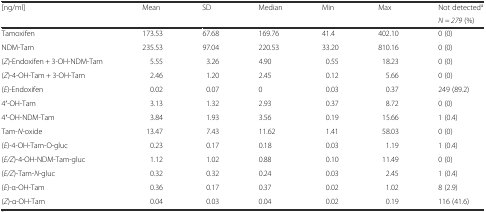
<table><thead><tr><td rowspan="2"><b>[ng/ml]</b></td><td rowspan="2"><b>Mean</b></td><td rowspan="2"><b>SD</b></td><td rowspan="2"><b>Median</b></td><td rowspan="2"><b>Min</b></td><td rowspan="2"><b>Max</b></td><td><b>Not detected<sup>a</sup></b></td></tr><tr><td><b><i>N = 279</i> (%)</b></td></tr></thead><tbody><tr><td>Tamoxifen</td><td>173.53</td><td>67.68</td><td>169.76</td><td>41.4</td><td>402.10</td><td>0 (0)</td></tr><tr><td>NDM-Tam</td><td>235.53</td><td>97.04</td><td>220.53</td><td>33.20</td><td>810.16</td><td>0 (0)</td></tr><tr><td>(<i>Z</i>)-Endoxifen + 3-OH-NDM-Tam</td><td>5.55</td><td>3.26</td><td>4.90</td><td>0.55</td><td>18.23</td><td>0 (0)</td></tr><tr><td>(<i>Z</i>)-4-OH-Tam + 3-OH-Tam</td><td>2.46</td><td>1.20</td><td>2.45</td><td>0.12</td><td>5.66</td><td>0 (0)</td></tr><tr><td>(<i>E</i>)-Endoxifen</td><td>0.02</td><td>0.07</td><td>0</td><td>0.03</td><td>0.37</td><td>249 (89.2)</td></tr><tr><td>4′-OH-Tam</td><td>3.13</td><td>1.32</td><td>2.93</td><td>0.37</td><td>8.72</td><td>0 (0)</td></tr><tr><td>4′-OH-NDM-Tam</td><td>3.84</td><td>1.93</td><td>3.56</td><td>0.19</td><td>15.66</td><td>1 (0.4)</td></tr><tr><td>Tam-<i>N</i>-oxide</td><td>13.47</td><td>7.43</td><td>11.62</td><td>1.41</td><td>58.03</td><td>0 (0)</td></tr><tr><td>(<i>E</i>)-4-OH-Tam-O-gluc</td><td>0.23</td><td>0.17</td><td>0.18</td><td>0.03</td><td>1.19</td><td>1 (0.4)</td></tr><tr><td>(<i>E/Z</i>)-4-OH-NDM-Tam-gluc</td><td>1.12</td><td>1.02</td><td>0.88</td><td>0.10</td><td>11.49</td><td>0 (0)</td></tr><tr><td>(<i>E/Z</i>)-Tam-<i>N</i>-gluc</td><td>0.32</td><td>0.32</td><td>0.24</td><td>0.03</td><td>2.45</td><td>1 (0.4)</td></tr><tr><td>(<i>E</i>)-α-OH-Tam</td><td>0.36</td><td>0.17</td><td>0.37</td><td>0.02</td><td>1.02</td><td>8 (2.9)</td></tr><tr><td>(<i>Z</i>)-α-OH-Tam</td><td>0.04</td><td>0.03</td><td>0.04</td><td>0.02</td><td>0.19</td><td>116 (41.6)</td></tr></tbody></table>